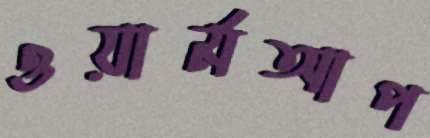
ওয়ার্মআপ